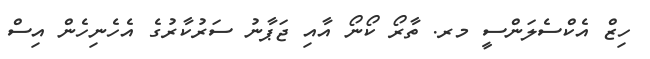
ހިޒް އެކްސެލަންސީ މރ. ތާރޯ ކޯނޯ އާއި ޖަޕާނު ސަރުކާރުގެ އެހެނިހެން އިސް